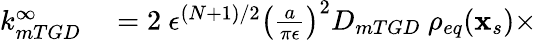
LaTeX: \begin{array}{rl}{k_{mTGD}^{\infty}}&{{}=2\ \epsilon^{(N+1)/2}\left(\frac{a}{\pi\epsilon}\right)^{2}D_{mTGD}\ \rho_{eq}(\mathbf{x}_{s})\times}\end{array}